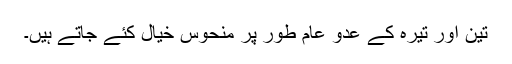
تین اور تیرہ کے عدو عام طور پر منحوس خیال کئے جاتے ہیں۔